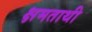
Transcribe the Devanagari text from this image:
क्षमताथी